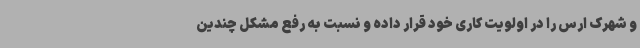
و شهرک ارس را در اولویت کاری خود قرار داده و نسبت به رفع مشکل چندین